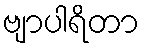
ဗျာပါရိတာ